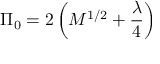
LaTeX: \Pi _ { 0 } = 2 \left( M ^ { 1 / 2 } + \frac { \lambda } { 4 } \right)